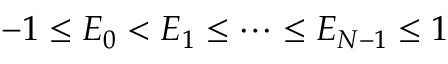
- 1 \le E _ { 0 } < E _ { 1 } \le \cdots \le E _ { N - 1 } \le 1